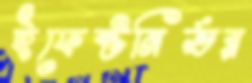
ইফেক্টনির্ভর